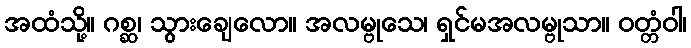
အထံသို့။ ဂစ္ဆ၊ သွားချေလော။ အလမ္ဗုသေ၊ ရှင်မအလမ္ဗုသာ။ ဝတ္တံဝါ၊